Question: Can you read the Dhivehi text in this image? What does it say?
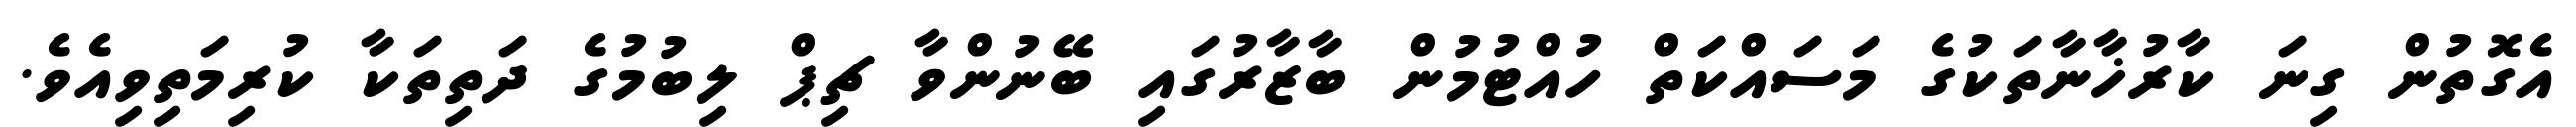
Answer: އެގޮތުން ގިނަ ކާރުޚާނާތަކުގެ މަސައްކަތް ހުއްޓުމުން ބާޒާރުގައި ބޭނުންވާ ޗިޕް ލިބުމުގެ ދަތިތަކާ ކުރިމަތިވިއެވެ.